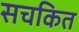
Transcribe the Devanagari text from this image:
सचकित